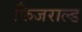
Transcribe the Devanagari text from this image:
फिजराल्ड